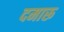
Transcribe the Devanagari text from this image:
दमारू